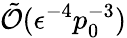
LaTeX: \tilde{\mathcal{O}}(\epsilon^{-4}p_{0}^{-3})